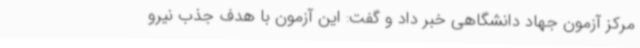
مرکز آزمون جهاد دانشگاهی خبر داد و گفت: این آزمون با هدف جذب نیرو